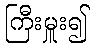
ကြီးမှူး၍